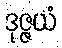
ဒုဇ္ဇယံ